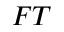
F T